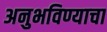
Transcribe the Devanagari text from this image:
अनुभविण्याचा